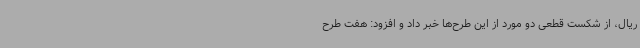
ریال، از شکست قطعی دو مورد از این طرح‌ها خبر داد و افزود: هفت طرح